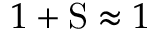
1 + \mathrm { S } \approx 1